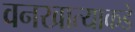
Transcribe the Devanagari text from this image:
वनखात्याकडे